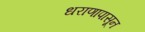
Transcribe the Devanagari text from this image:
धराणापासून